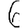
Digit: 6